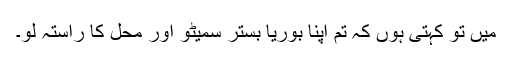
میں تو کہتی ہوں کہ تم اپنا بوریا بستر سمیٹو اور محل کا راستہ لو۔